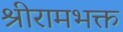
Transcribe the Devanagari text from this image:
श्रीरामभक्त